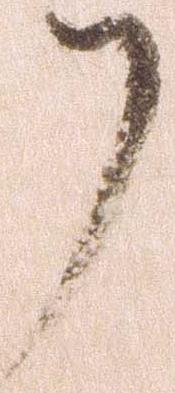
了